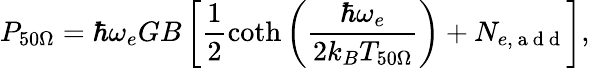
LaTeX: P_{50\Omega}=\hbar\omega_{e}GB\left[\frac{1}{2}\coth\left(\frac{\hbar\omega_{e}}{2k_{B}T_{50\Omega}}\right)+N_{e,\mathrm{~a~d~d~}}\right],